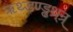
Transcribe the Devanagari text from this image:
ॠथ्ड़ण्ड्ढथ्र्न्र्